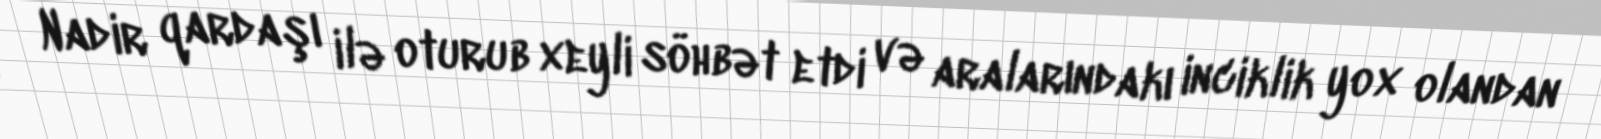
Nadir qardaşı ilə oturub xeyli söhbət etdi və aralarındakı inciklik yox olandan